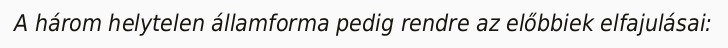
A három helytelen államforma pedig rendre az előbbiek elfajulásai: